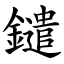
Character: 鑓